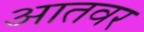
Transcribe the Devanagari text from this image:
आतवर